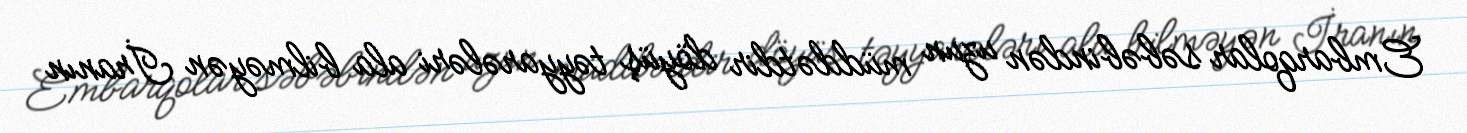
Embarqolar səbəbindən uzun müddətdir döyüş təyyarələri ala bilməyən İranın